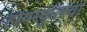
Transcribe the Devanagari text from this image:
हायस्‍कुलचा